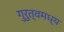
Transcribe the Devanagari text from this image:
गुरुत्वमध्य